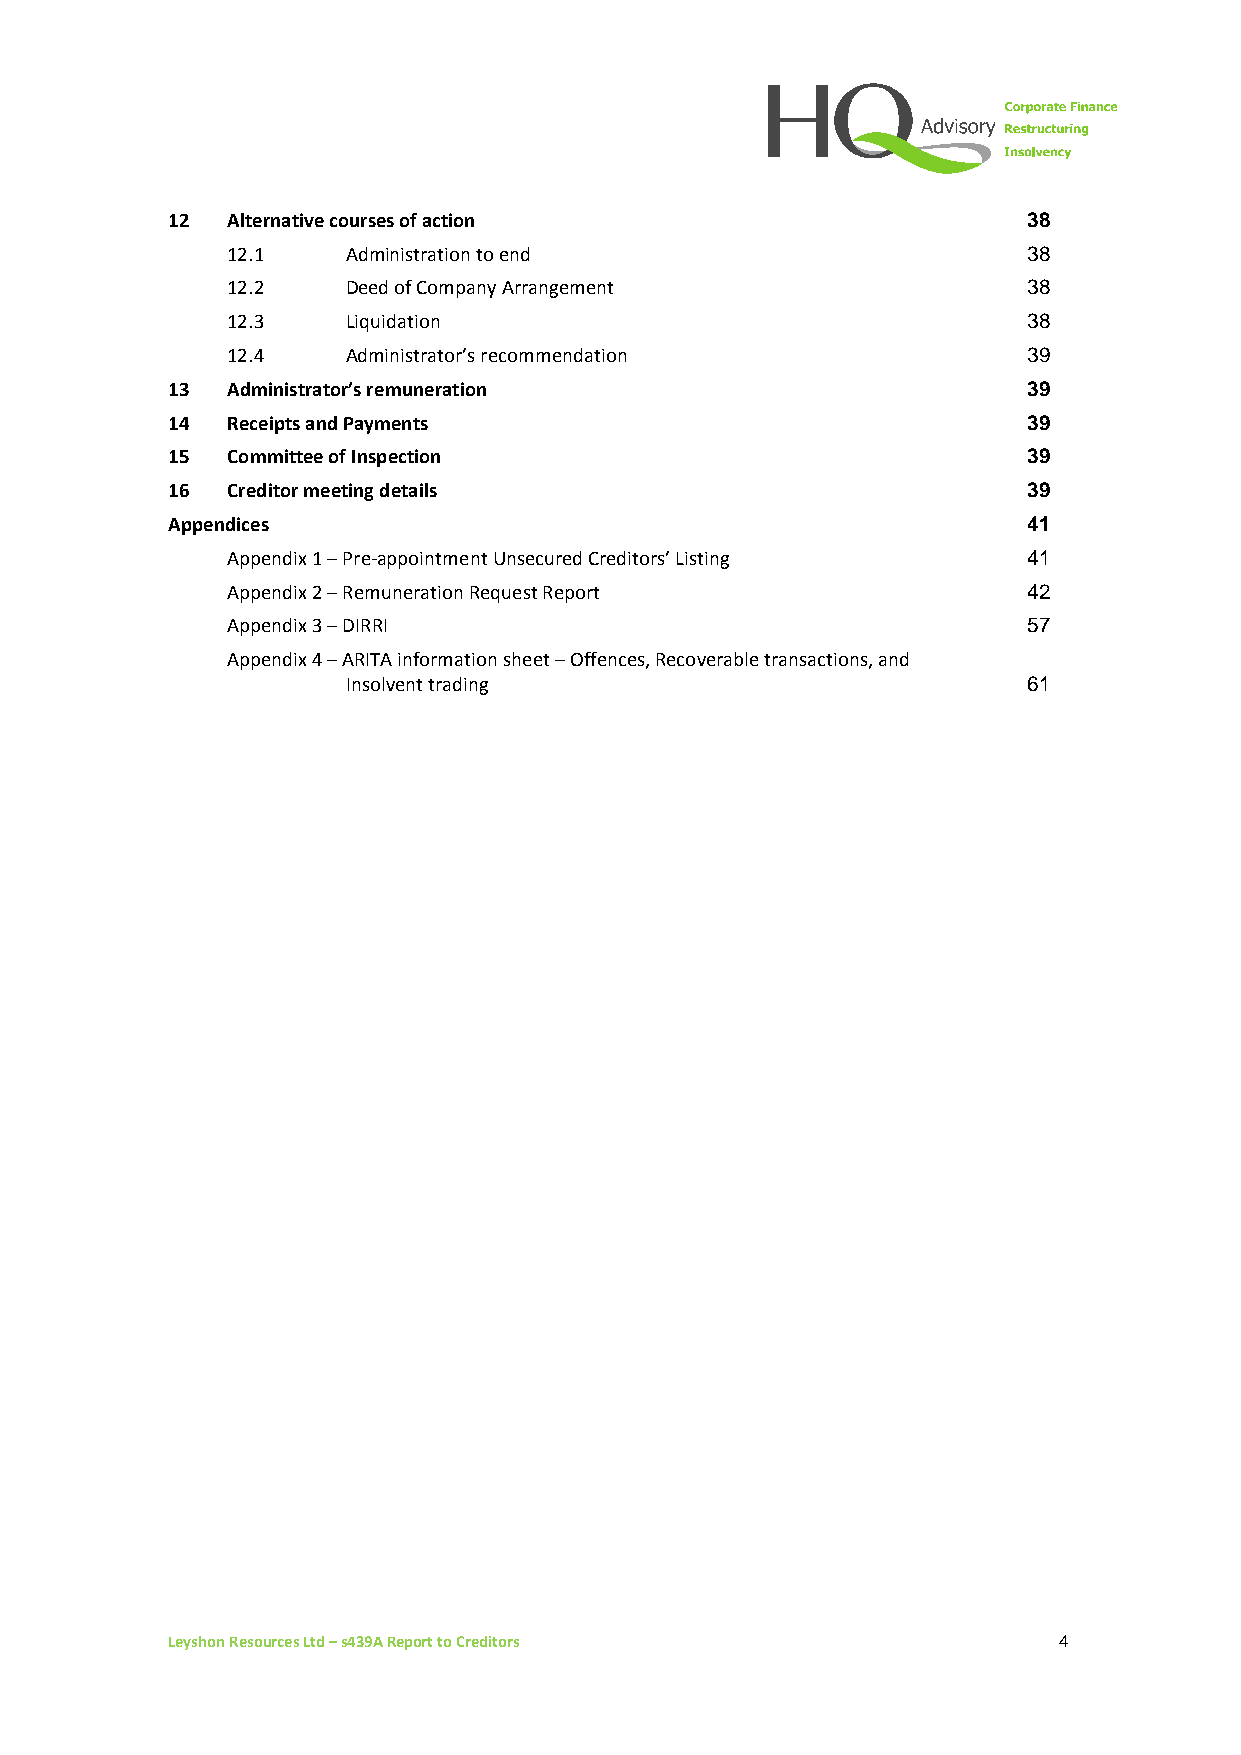
12  Alternative courses of action                        38
 12.1    Administration to end                        38
 12.2    Deed of Company Arrangement                  38
 12.3    Liquidation                                  38
 12.4    Administrator’s recommendation               39
 13  Administrator’s remuneration                         39
 14  Receipts and Payments                                39
 15  Committee of Inspection                              39
 16  Creditor meeting details                             39
 Appendices                                               41
 Appendix 1 – Pre-appointment Unsecured Creditors’ Listing 41
 Appendix 2 – Remuneration Request Report             42
 Appendix 3 – DIRRI                                   57
 Appendix 4 – ARITA information sheet – Offences, Recoverable transactions, and
 Insolvent trading                            61
 Leyshon Resources Ltd – s439A Report to Creditors          4